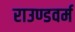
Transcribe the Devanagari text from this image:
राउण्डवर्म